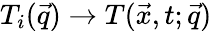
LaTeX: T_{i}(\vec{q})\to T(\vec{x},t;\vec{q})